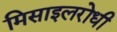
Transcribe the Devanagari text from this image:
मिसाइलरोधी